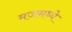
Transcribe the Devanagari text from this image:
मजमध्ये